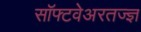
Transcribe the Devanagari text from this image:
सॉफ्टवेअरतज्ज्ञ